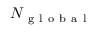
N _ { \mathrm { ~ g ~ l ~ o ~ b ~ a ~ l ~ } }